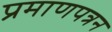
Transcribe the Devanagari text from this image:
प्रमाणपत्रन